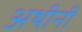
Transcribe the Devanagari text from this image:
अथीनी